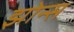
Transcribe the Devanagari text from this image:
झोन्स